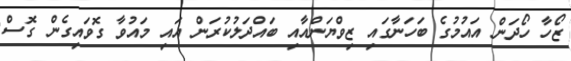
ޒޯހާ ހޯދަން އައުމުގެ ބަހަނާގައި ޒިވްޔަންއާއި ބައްދަލުކުރަން އައި މައުވާ ގޮވައިގެން ގޮސް